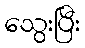
သွေးပြီး